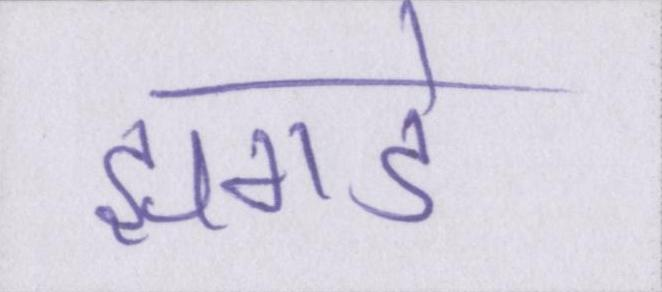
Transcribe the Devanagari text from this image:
झगडे